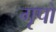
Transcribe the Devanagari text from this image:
गृपो